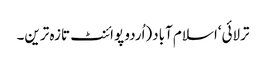
ترلائی‘اسلام آباد(اُردو پوائنٹ تازہ ترین۔